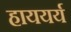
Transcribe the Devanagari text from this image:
हाययर्य